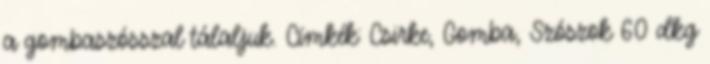
a gombaszósszal tálaljuk. Címkék: Csirke, Gomba, Szószok 60 dkg